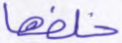
خلفها